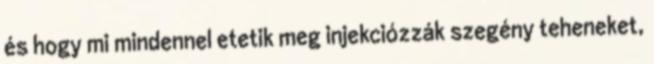
és hogy mi mindennel etetik meg injekciózzák szegény teheneket,